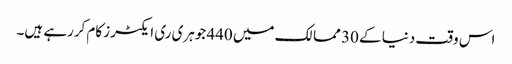
اس وقت دنیا کے 30 ممالک میں 440 جوہری ری ایکٹرز کام کررہے ہیں۔